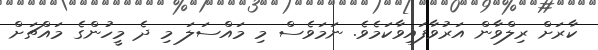
ކާރަށް ރިލްވާން އަރުވާފައިވާކަމެވެ. ނަމަވެސް މި މައްސަލަ މި ދެ މީހުންގެ މައްޗަށް